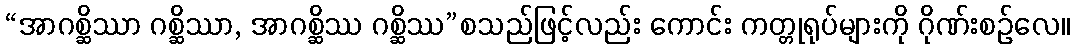
“အာဂစ္ဆိဿာ ဂစ္ဆိဿာ, အာဂစ္ဆိဿ ဂစ္ဆိဿ”စသည်ဖြင့်လည်း ကောင်း ကတ္တုရုပ်များကို ဂိုဏ်းစဉ်လေ။